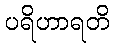
ပရိဟာရတိ